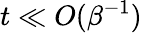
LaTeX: t\ll O(\beta^{-1})